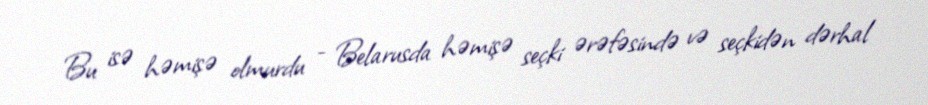
Bu isə həmişə olmurdu - Belarusda həmişə seçki ərəfəsində və seçkidən dərhal